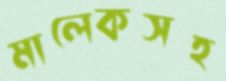
মালেকসহ